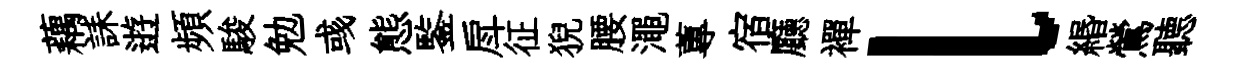
藕誄逰頻駿勉彧態鍳戽征猊腰澠蓴宿廳襌l緡鶯聽